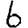
Digit: 6